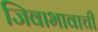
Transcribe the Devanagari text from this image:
जिवाभावाची